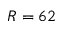
R = 6 2